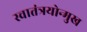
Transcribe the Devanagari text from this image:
स्वातंत्रयोन्मुख